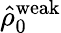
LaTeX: \hat{\rho}_{0}^{\mathrm{weak}}